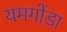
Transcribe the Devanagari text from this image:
यमगोंडा